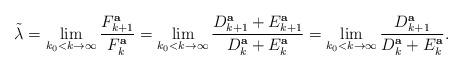
LaTeX: \begin{align*}\tilde\lambda=\lim_{k_0<k\to\infty}\frac{F^{\bf a}_{k+1}}{F^{\bf a}_k}=\lim_{k_0<k\to\infty}\frac{D^{\bf a}_{k+1}+E^{\bf a}_{k+1}}{D^{\bf a}_k+E^{\bf a}_k}=\lim_{k_0<k\to\infty}\frac{D^{\bf a}_{k+1}}{D^{\bf a}_k+E^{\bf a}_k}.\end{align*}